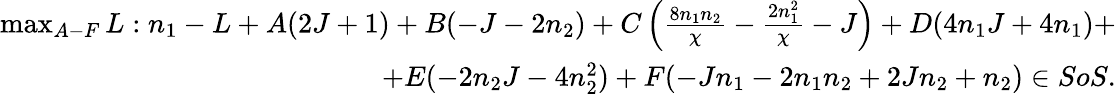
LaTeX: \begin{array}{r}{\operatorname*{max}_{A-F}L:n_{1}-L+A(2J+1)+B(-J-2n_{2})+C\left(\frac{8n_{1}n_{2}}{\chi}-\frac{2n_{1}^{2}}{\chi}-J\right)+D(4n_{1}J+4n_{1})+}\\ {+E(-2n_{2}J-4n_{2}^{2})+F(-Jn_{1}-2n_{1}n_{2}+2Jn_{2}+n_{2})\in SoS.}\end{array}